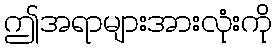
ဤအရာများအားလုံးကို